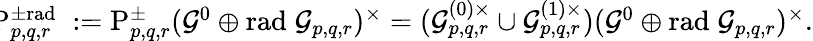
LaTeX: \begin{array}{r}{\! \! \mathrm{P}_{p,q,r}^{\pm\mathrm{rad}\; }:=\mathrm{P}_{p,q,r}^{\pm}(\mathcal{G}^{0}\oplus\mathrm{rad}\; \mathcal{G}_{p,q,r})^{\times}=(\mathcal{G}_{p,q,r}^{(0)\times}\cup\mathcal{G}_{p,q,r}^{(1)\times})(\mathcal{G}^{0}\oplus\mathrm{rad}\; \mathcal{G}_{p,q,r})^{\times}.}\end{array}